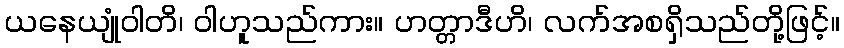
ယနေယျုံဝါတိ၊ ဝါဟူသည်ကား။ ဟတ္တာဒီဟိ၊ လက်အစရှိသည်တို့ဖြင့်။